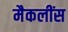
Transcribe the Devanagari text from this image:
मैकलींस